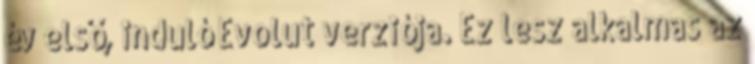
év első, induló Evolut verziója. Ez lesz alkalmas az